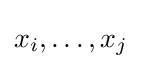
x_{i},\ldots ,x_{j}